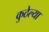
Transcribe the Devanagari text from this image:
कुठेल्या